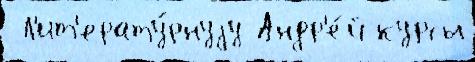
 Л'ит'ерату́рнуjу Андр'е́й курсы